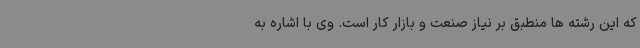
که این رشته ها منطبق بر نیاز صنعت و بازار کار است. وی با اشاره به